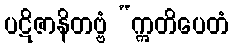
ပဋိဇာနိတဗ္ဗံ “ဣတိပေတံ